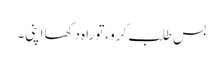
بس طلب کرو،توراہ دکھااپنی۔